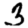
Digit: 3